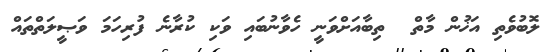
ލޮބުވެތި އަޚުން މާތް  ތިބާއަށްވަނީ ހެވާނުބައި ވަކި ކުރާނެ ފުރިހަމަ ވަޞީލަތްތައް